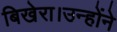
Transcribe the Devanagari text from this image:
बिखेरा।उन्होंने